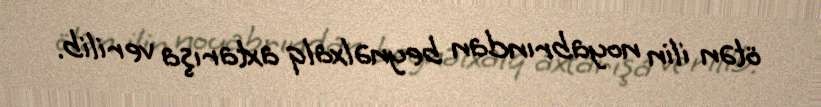
ötən ilin noyabrından beynəlxalq axtarışa verilib.